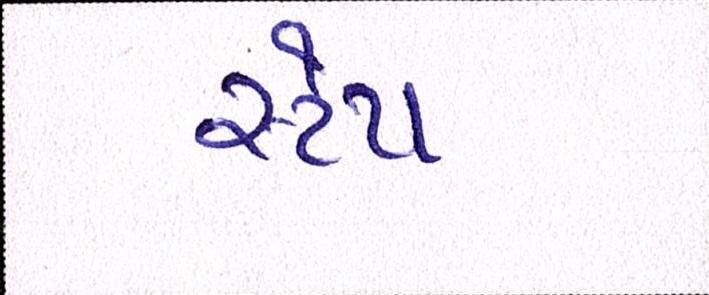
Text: સ્ટેપ